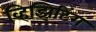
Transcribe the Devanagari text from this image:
व्हिझिटिंग